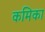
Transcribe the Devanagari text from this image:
कमिका